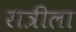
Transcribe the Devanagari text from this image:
रात्रीला